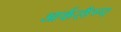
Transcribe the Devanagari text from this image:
आर्कलैम्प